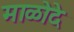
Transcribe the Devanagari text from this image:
माळोदे